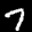
Label: 7